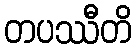
တပဿီတိ